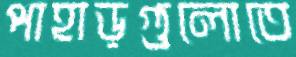
পাহাড়গুলোতে